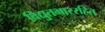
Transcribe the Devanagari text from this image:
विद्युतभाररहित